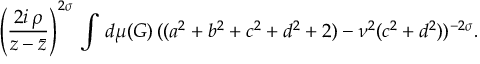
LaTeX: \left( \frac { 2 i \, \rho } { z - \bar { z } } \right) ^ { 2 \sigma } \, \int \, d \mu ( G ) \, ( ( a ^ { 2 } + b ^ { 2 } + c ^ { 2 } + d ^ { 2 } + 2 ) - \nu ^ { 2 } ( c ^ { 2 } + d ^ { 2 } ) ) ^ { - 2 \sigma } .